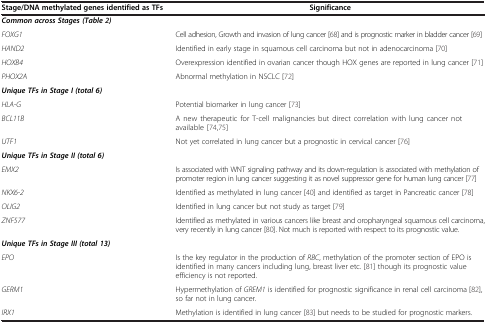
<table><thead><tr><td><b>Stage/DNA methylated genes identified as TFs</b></td><td><b>Significance</b></td></tr></thead><tbody><tr><td colspan="2"><b><i>Common across Stages (Table</i></b>2<b><i>)</i></b></td></tr><tr><td><i>FOXG1</i></td><td>Cell adhesion, Growth and invasion of lung cancer [68] and is prognostic marker in bladder cancer [69]</td></tr><tr><td><i>HAND2</i></td><td>Identified in early stage in squamous cell carcinoma but not in adenocarcinoma [70]</td></tr><tr><td><i>HOXB4</i></td><td>Overexpression identified in ovarian cancer though HOX genes are reported in lung cancer [71]</td></tr><tr><td><i>PHOX2A</i></td><td>Abnormal methylation in NSCLC [72]</td></tr><tr><td colspan="2"><b><i>Unique TFs in Stage I (total 6)</i></b></td></tr><tr><td><i>HLA-G</i></td><td>Potential biomarker in lung cancer [73]</td></tr><tr><td><i>BCL11B</i></td><td>A new therapeutic for T-cell malignancies but direct correlation with lung cancer not available [74,75]</td></tr><tr><td><i>UTF1</i></td><td>Not yet correlated in lung cancer but a prognostic in cervical cancer [76]</td></tr><tr><td colspan="2"><b><i>Unique TFs in Stage II (total 6)</i></b></td></tr><tr><td><i>EMX2</i></td><td>Is associated with WNT signaling pathway and its down-regulation is associated with methylation of promoter region in lung cancer suggesting it as novel suppressor gene for human lung cancer [77]</td></tr><tr><td><i>NKX6-2</i></td><td>Identified as methylated in lung cancer [40] and identified as target in Pancreatic cancer [78]</td></tr><tr><td><i>OLIG2</i></td><td>Identified in lung cancer but not study as target [79]</td></tr><tr><td><i>ZNF577</i></td><td>Identified as methylated in various cancers like breast and oropharyngeal squamous cell carcinoma, very recently in lung cancer [80]. Not much is reported with respect to its prognostic value.</td></tr><tr><td colspan="2"><b><i>Unique TFs in Stage III (total 13)</i></b></td></tr><tr><td><i>EPO</i></td><td>Is the key regulator in the production of <i>RBC</i>, methylation of the promoter section of EPO is identified in many cancers including lung, breast liver etc. [81] though its prognostic value efficiency is not reported.</td></tr><tr><td><i>GERM1</i></td><td>Hypermethylation of <i>GREM1</i> is identified for prognostic significance in renal cell carcinoma [82], so far not in lung cancer.</td></tr><tr><td><i>IRX1</i></td><td>Methylation is identified in lung cancer [83] but needs to be studied for prognostic markers.</td></tr></tbody></table>